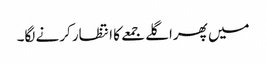
میں پھراگلے جمعے کا انتظار کرنے لگا۔